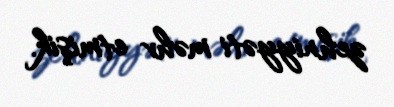
zehniyyəti məhv etmişik.